Civil Veterinary Dept. Bombay admin report 1907-1913 - 1907-1913
Year: 1907
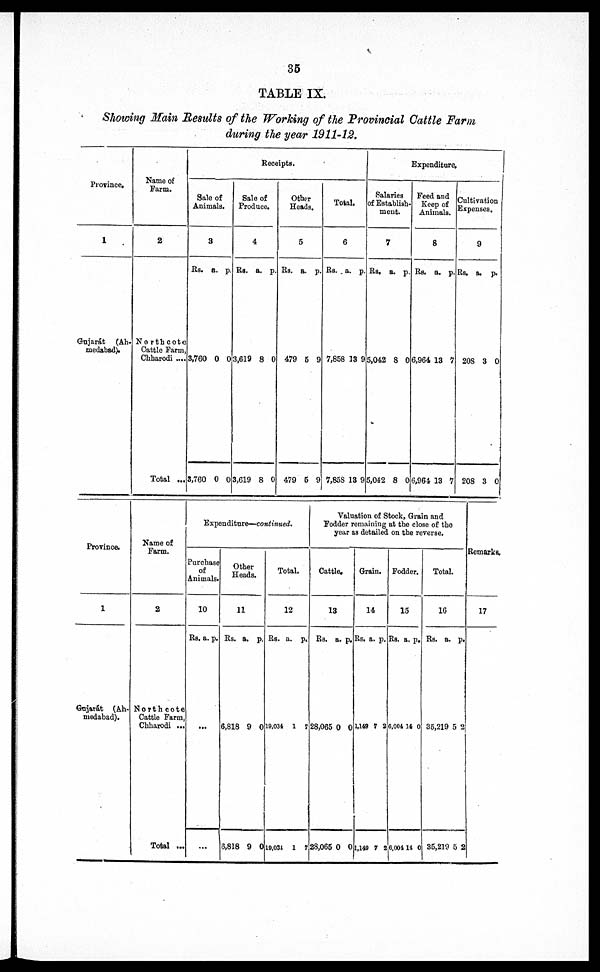
35
TABLE IX.
Showing Main Results of the Working of the Provincial Cattle Farm
during the year 1911-12.
Province.
1
Gujarát (Ah-
medabad).
Name of
Farm.
2
Northcote
Cattle Farm,
Chharodi ....
Total ...
Receipts.
Sale of
Animals.
3
Rs.
3,760
3,760
a.
0
0
p.
0
0
Sale of
Produce.
4
Rs.
3,619
3,619
a.
8
8
p.
0
0
Other
Heads.
5
Rs.
479
479
a.
6
5
p.
9
9
Total.
6
Rs.
7,858
7,858
a.
13
13
p.
9
9
Expenditure.
Salaries
of Establish
ment.
7
Rs.
5,042
5,042
a.
8
8
p.
0
0
Feed and
Keep of
Animals.
8
Rs.
6,964
6,964
a.
13
13
p.
7
7
Cultivation
Expenses.
9
Rs.
208
208
a.
3
3
p.
0
0
Province.
1
Gujarát (Ah-
medabad).
Name of
Farm.
2
Northcote
Cattle Farm,
Chharodi ...
Total ...
Expenditure—continued
Purchase
of
Animals.
10
Rs. a. p.
...
Other
Heads.
11
Rs.
6,818
6,818
a.
9
9
p.
0
0
Total.
12
Rs.
19,034
10,031
a.
1
1
p.
7
7
Valuation of Stock, Grains and
Fodder remaining at the close of the
year as detailed on the reverse.
Cattle.
13
Rs.
28,065
28,065
a.
0
0
p.
0
0
Grain.
14
Rs.
1,149
1,149
a.
7
7
p.
2
3
Fodder.
15
Rs.
6,004
6,004
a.
14
14
p.
0
0
Total.
16
Rs.
35,219
35,219
a.
5
5
p.
2
2
Remarks.
17